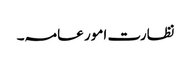
نظارت امور عامہ۔